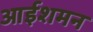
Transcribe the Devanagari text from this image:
आईशमन